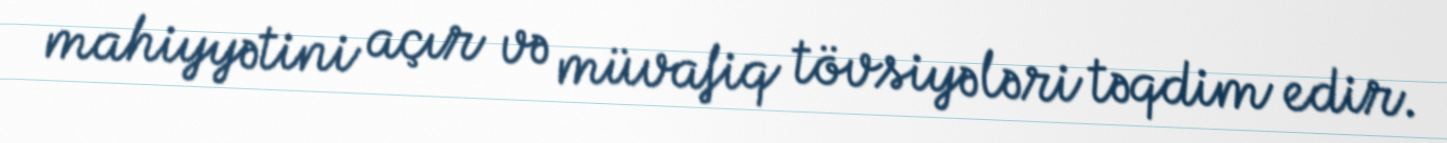
mahiyyətini açır və müvafiq tövsiyələri təqdim edir.